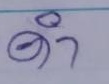
 ดำ